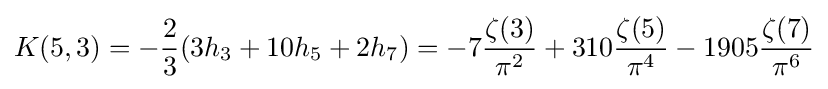
K(5,3)=-{\frac {2}{3}}(3h_{3}+10h_{5}+2h_{7})=-7{\frac {\zeta (3)}{\pi ^{2}}}+310{\frac {\zeta (5)}{\pi ^{4}}}-1905{\frac {\zeta (7)}{\pi ^{6}}}